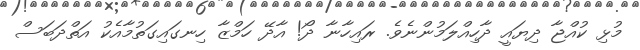
މުޅި ކުއްޖާ ދިޔައީ ދާހިއްލަމުންނެވެ. ރައިހާނާ ދޯ! އާދޭ ހަމްޒާ ހިނގައިގަތުމާއެކު އަތްދަބަސް